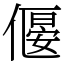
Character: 𠍾